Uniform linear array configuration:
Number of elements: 32
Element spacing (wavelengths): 0.25
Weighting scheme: cosine
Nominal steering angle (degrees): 45
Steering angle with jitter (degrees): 44.068
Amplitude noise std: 0.05
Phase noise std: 0.05

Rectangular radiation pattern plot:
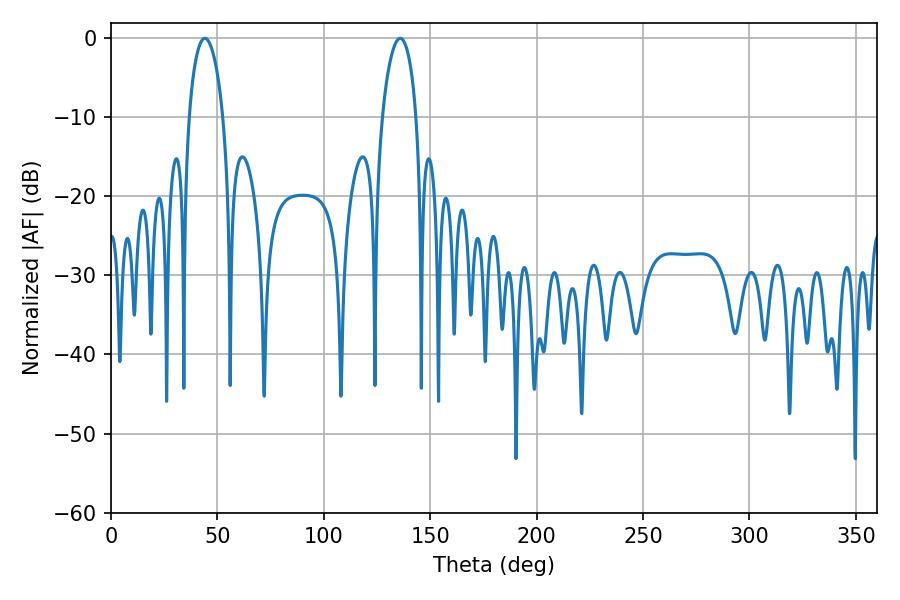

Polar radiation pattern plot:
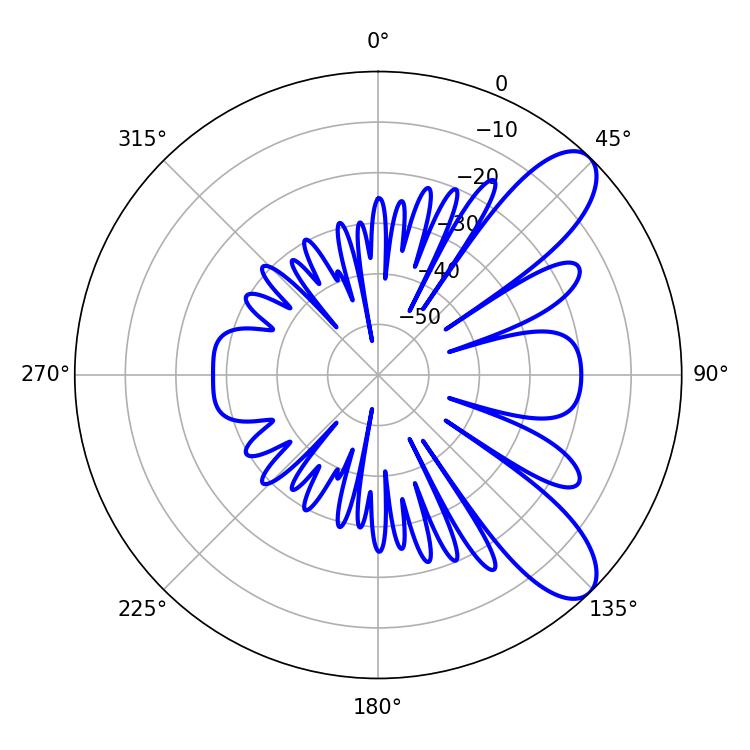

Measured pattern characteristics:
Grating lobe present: FALSE
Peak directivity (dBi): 9.121
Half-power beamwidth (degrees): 9
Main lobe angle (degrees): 44.1